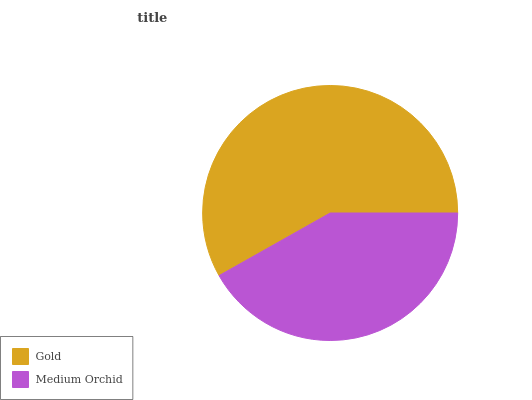
| Gold | Medium Orchid |
 | --- | --- |
 | 58.1% | 41.9% |